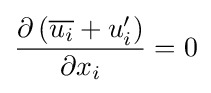
{\frac {\partial \left({\overline {u_{i}}}+u_{i}'\right)}{\partial x_{i}}}=0